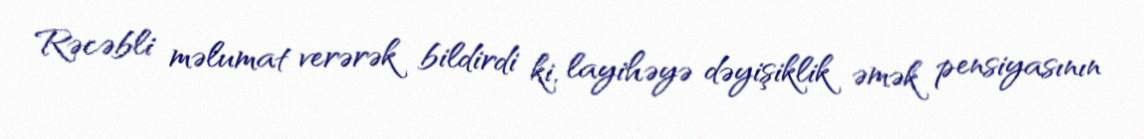
Rəcəbli məlumat verərək bildirdi ki, layihəyə dəyişiklik əmək pensiyasının